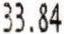
33.84